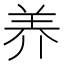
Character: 养